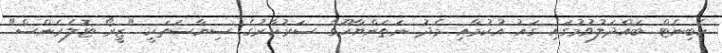
ކެބިނެޓް ބައްދަލުވުމުގައި ގައު އުކުމާއި މެދު ނަތަންޔާހޫގެ ސަރުކާރުގެ ސިޔާސަތަކީ "ޒީރޯ ޓޮލެރެންސް"